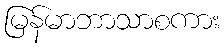
မြန်မာဘာသာစကား